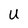
Character: U